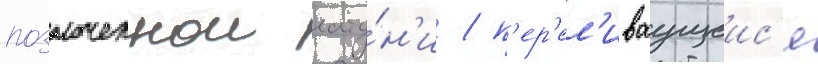
позолоченнои лату́н'и / п'ер'ел'иваущеис'я